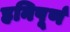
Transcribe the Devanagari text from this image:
हनिपूर्ण